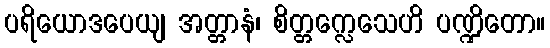
ပရိယောဒပေယျ အတ္တာနံ၊ စိတ္တက္လေသေဟိ ပဏ္ဍိတော။